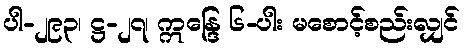
ပါ-၂၉၃၊ ဋ္ဌ-၂၇၊ ဣန္ဒြေ ၆-ပါး မစောင့်စည်းလျှင်